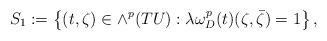
LaTeX: \begin{align*}S_1 := \left\{(t, \zeta) \in \wedge^p(T U) : \lambda \omega^p_{D}(t)(\zeta, \bar\zeta) =1 \right\},\end{align*}